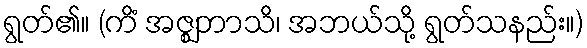
ရွတ်၏။ (ကိံ အဇ္ဈဘာသိ၊ အဘယ်သို့ ရွတ်သနည်း။)